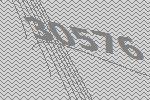
30576